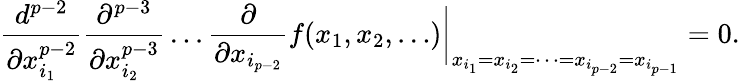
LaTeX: \frac{d^{p-2}}{\partial x_{i_{1}}^{p-2}}\frac{\partial^{p-3}}{\partial x_{i_{2}}^{p-3}}\dots\frac{\partial}{\partial x_{i_{p-2}}}f(x_{1},x_{2},\dots)\biggr|_{x_{i_{1}}=x_{i_{2}}=\dots=x_{i_{p-2}}=x_{i_{p-1}}}=0.